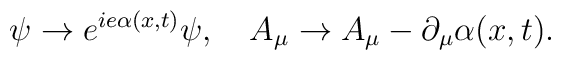
\psi \rightarrow  e^{ie \alpha(x,t)} \psi,\quad A_\mu \rightarrow A_\mu - \partial_\mu \alpha (x,t).